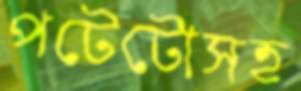
পটেটোসহ